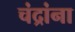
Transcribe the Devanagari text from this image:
चंद्रांना